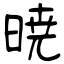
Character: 暁